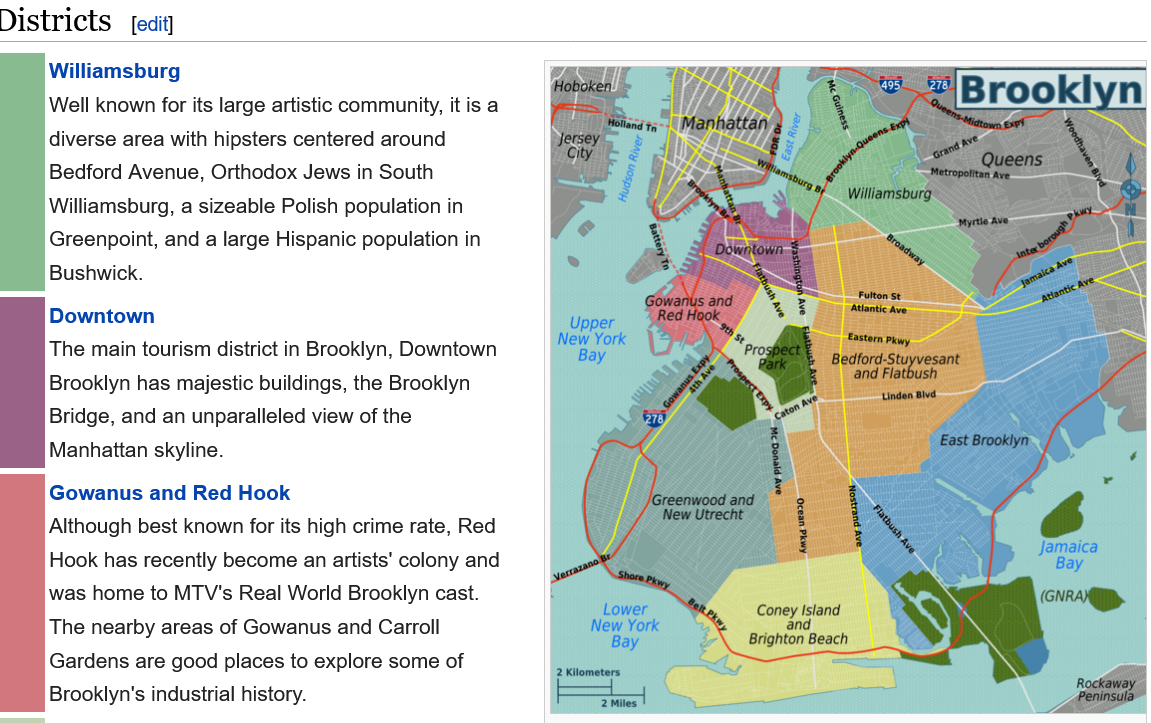
(Brooklyn
     Well known for its large artistic community, it is a
     diverse area with hipsters centered around
     Bedford Avenue, Orthodox Jews in South
     Williamsburg, a sizeable Polish population in
     Greenpoint, and a large Hispanic population in
     Bushwick.
     The main tourism district in Brooklyn, Downtown
     Brooklyn has majestic buildings, the Brooklyn
     Bridge, and an unparalleled view of the
     Manhattan skyline.
     Although best known for its high crime rate, Red
     Hook has recently become an artists’ colony and
     was  home to MTV's Real World Brooklyn cast.
     The nearby areas of Gowanus and Carroll
     Gardens are good places to explore some of
     Brooklyn's industrial history.
     Williamsburg
     Downtown
     Gowanus and   Red Hook
  Districts  [edit]